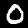
Digit: 0